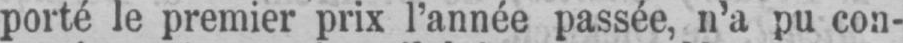
porté le premier prix l’année passée, n’a pu con-